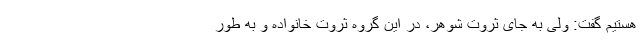
هستیم گفت: ولی به جای ثروت شوهر، در این گروه ثروت خانواده و به طور